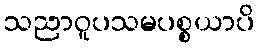
သညာဝူပသမပစ္စယာပိ